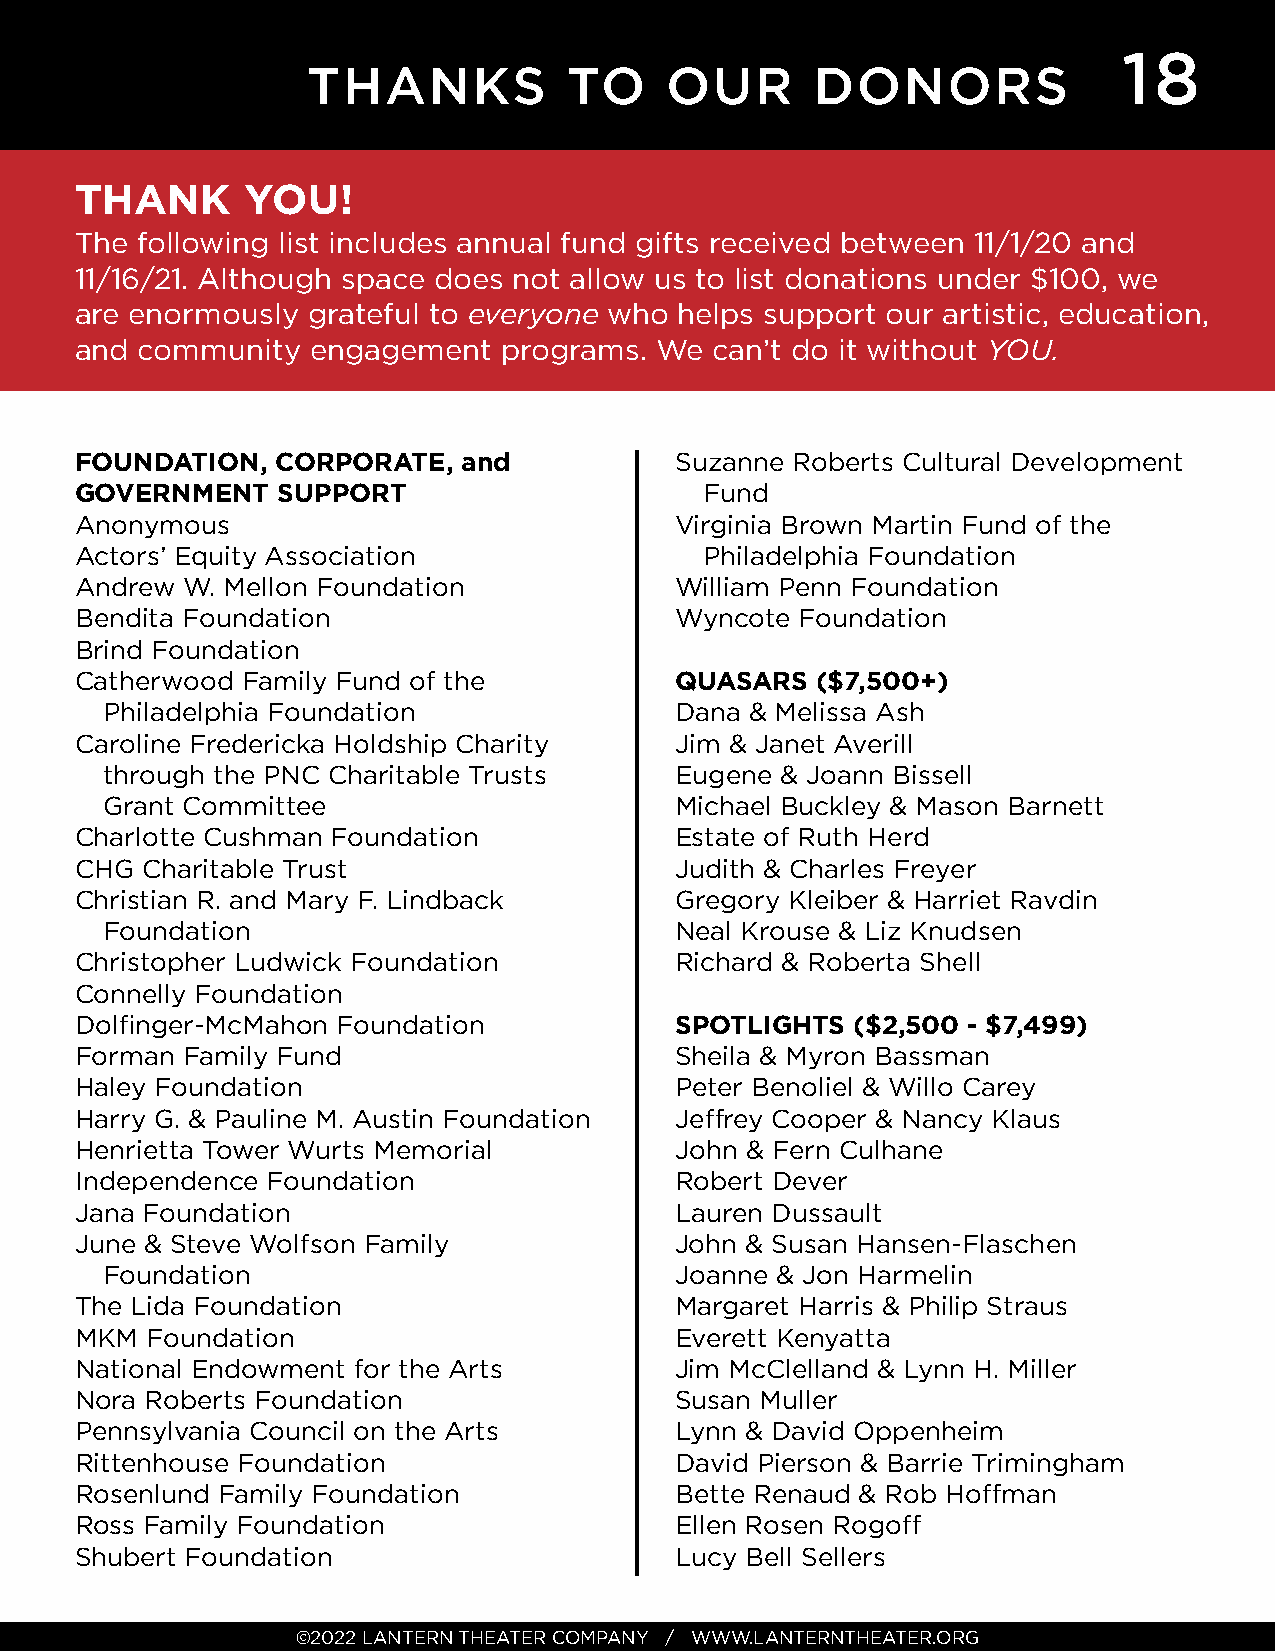
18
 THANKS            TO    OUR       DONORS
 THANK      YOU!
 The following list includes annual fund gifts received between 11/1/20 and
 11/16/21. Although space does not allow us to list donations under $100, we
 are enormously grateful to everyone who helps support our artistic, education,
 and community   engagement  programs. We  can’t do it without YOU.
 FOUNDATION,  CORPORATE,   and           Suzanne Roberts Cultural Development
 GOVERNMENT   SUPPORT                      Fund
 Anonymous                               Virginia Brown Martin Fund of the
 Actors’ Equity Association                Philadelphia Foundation
 Andrew W. Mellon Foundation             William Penn Foundation
 Bendita Foundation                      Wyncote Foundation
 Brind Foundation
 Catherwood Family Fund of the           QUASARS  ($7,500+)
 Philadelphia Foundation               Dana & Melissa Ash
 Caroline Fredericka Holdship Charity    Jim & Janet Averill
 through the PNC Charitable Trusts     Eugene & Joann Bissell
 Grant Committee                       Michael Buckley & Mason Barnett
 Charlotte Cushman Foundation            Estate of Ruth Herd
 CHG Charitable Trust                    Judith & Charles Freyer
 Christian R. and Mary F. Lindback       Gregory Kleiber & Harriet Ravdin
 Foundation                            Neal Krouse & Liz Knudsen
 Christopher Ludwick Foundation          Richard & Roberta Shell
 Connelly Foundation
 Dolfi nger-McMahon Foundation           SPOTLIGHTS ($2,500 - $7,499)
 Forman Family Fund                      Sheila & Myron Bassman
 Haley Foundation                        Peter Benoliel & Willo Carey
 Harry G. & Pauline M. Austin Foundation Jeff rey Cooper & Nancy Klaus
 Henrietta Tower Wurts Memorial          John & Fern Culhane
 Independence Foundation                 Robert Dever
 Jana Foundation                         Lauren Dussault
 June & Steve Wolfson Family             John & Susan Hansen-Flaschen
 Foundation                            Joanne & Jon Harmelin
 The Lida Foundation                     Margaret Harris & Philip Straus
 MKM  Foundation                         Everett Kenyatta
 National Endowment for the Arts         Jim McClelland & Lynn H. Miller
 Nora Roberts Foundation                 Susan Muller
 Pennsylvania Council on the Arts        Lynn & David Oppenheim
 Rittenhouse Foundation                  David Pierson & Barrie Trimingham
 Rosenlund Family Foundation             Bette Renaud & Rob Hoff man
 Ross Family Foundation                  Ellen Rosen Rogoff
 Shubert Foundation                      Lucy Bell Sellers
 ©2022 LANTERN THEATER COMPANY / WWW.LANTERNTHEATER.ORG